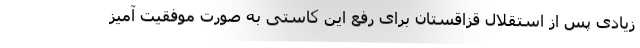
زیادی پس از استقلال قزاقستان برای رفع این کاستی به صورت موفقیت آمیز